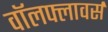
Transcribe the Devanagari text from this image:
वॉलफ्लावर्स